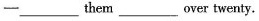
—— ___ them ___ over twenty.